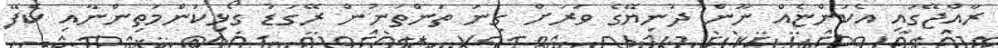
ރާއްޖޭގައި އެކަންޏެއް ނޫން ދުނިޔޭގެ ވަރަށް ގިނަ ތަންތަނުން ރޭގަޑު ގޯޅިކަންމަތިންނާއި ކެފޭ